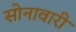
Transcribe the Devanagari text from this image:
सोनावारी